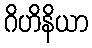
ဂိဟိနိယာ